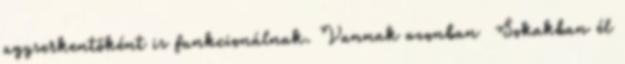
agyserkentőként is funkcionálnak. Vannak azonban Sokakban él